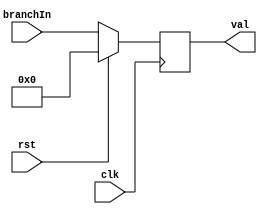
`timescale 1ns / 1ps
//////////////////////////////////////////////////////////////////////////////////
// Company: 
// Engineer: 
// 
// Design Name: 
// Module Name: PC_pipe
// Project Name: 
// Target Devices: 
// Tool Versions: 
// Description: 
// 
// Dependencies: 
// 
// Revision:
// Revision 0.01 - File Created
// Additional Comments:
// 
//////////////////////////////////////////////////////////////////////////////////


module PC_pipe(
    input [31:0] branchIn,
    output reg [31:0] val,
    input clk, rst
    );
    
    always@(posedge clk) begin
        if(rst)
            val = 32'b0;
        else
            val = branchIn;
    end
    
endmodule